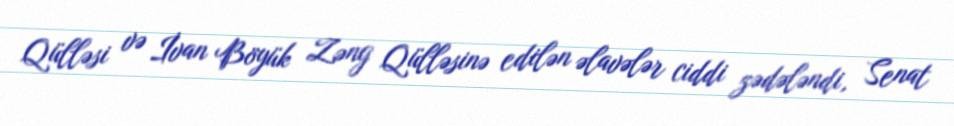
Qülləsi və İvan Böyük Zəng Qülləsinə edilən əlavələr ciddi zədələndi, Senat